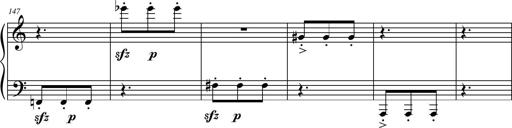
Title: Petite Sonatine
Composer: Richard St. Clair